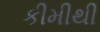
કીમીથી